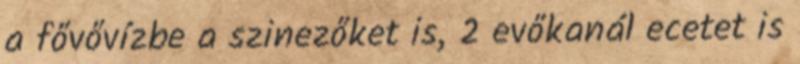
a fővővízbe a szinezőket is, 2 evőkanál ecetet is